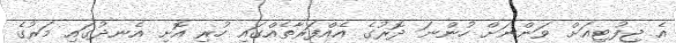
އެ ޖިފުޓިއަށް ވަންނަށް ހުންނަ ދޮރުގެ އެއްފަރާތެއްގައި ހުރި އޮށި އެނދުގައި މަރުގެ